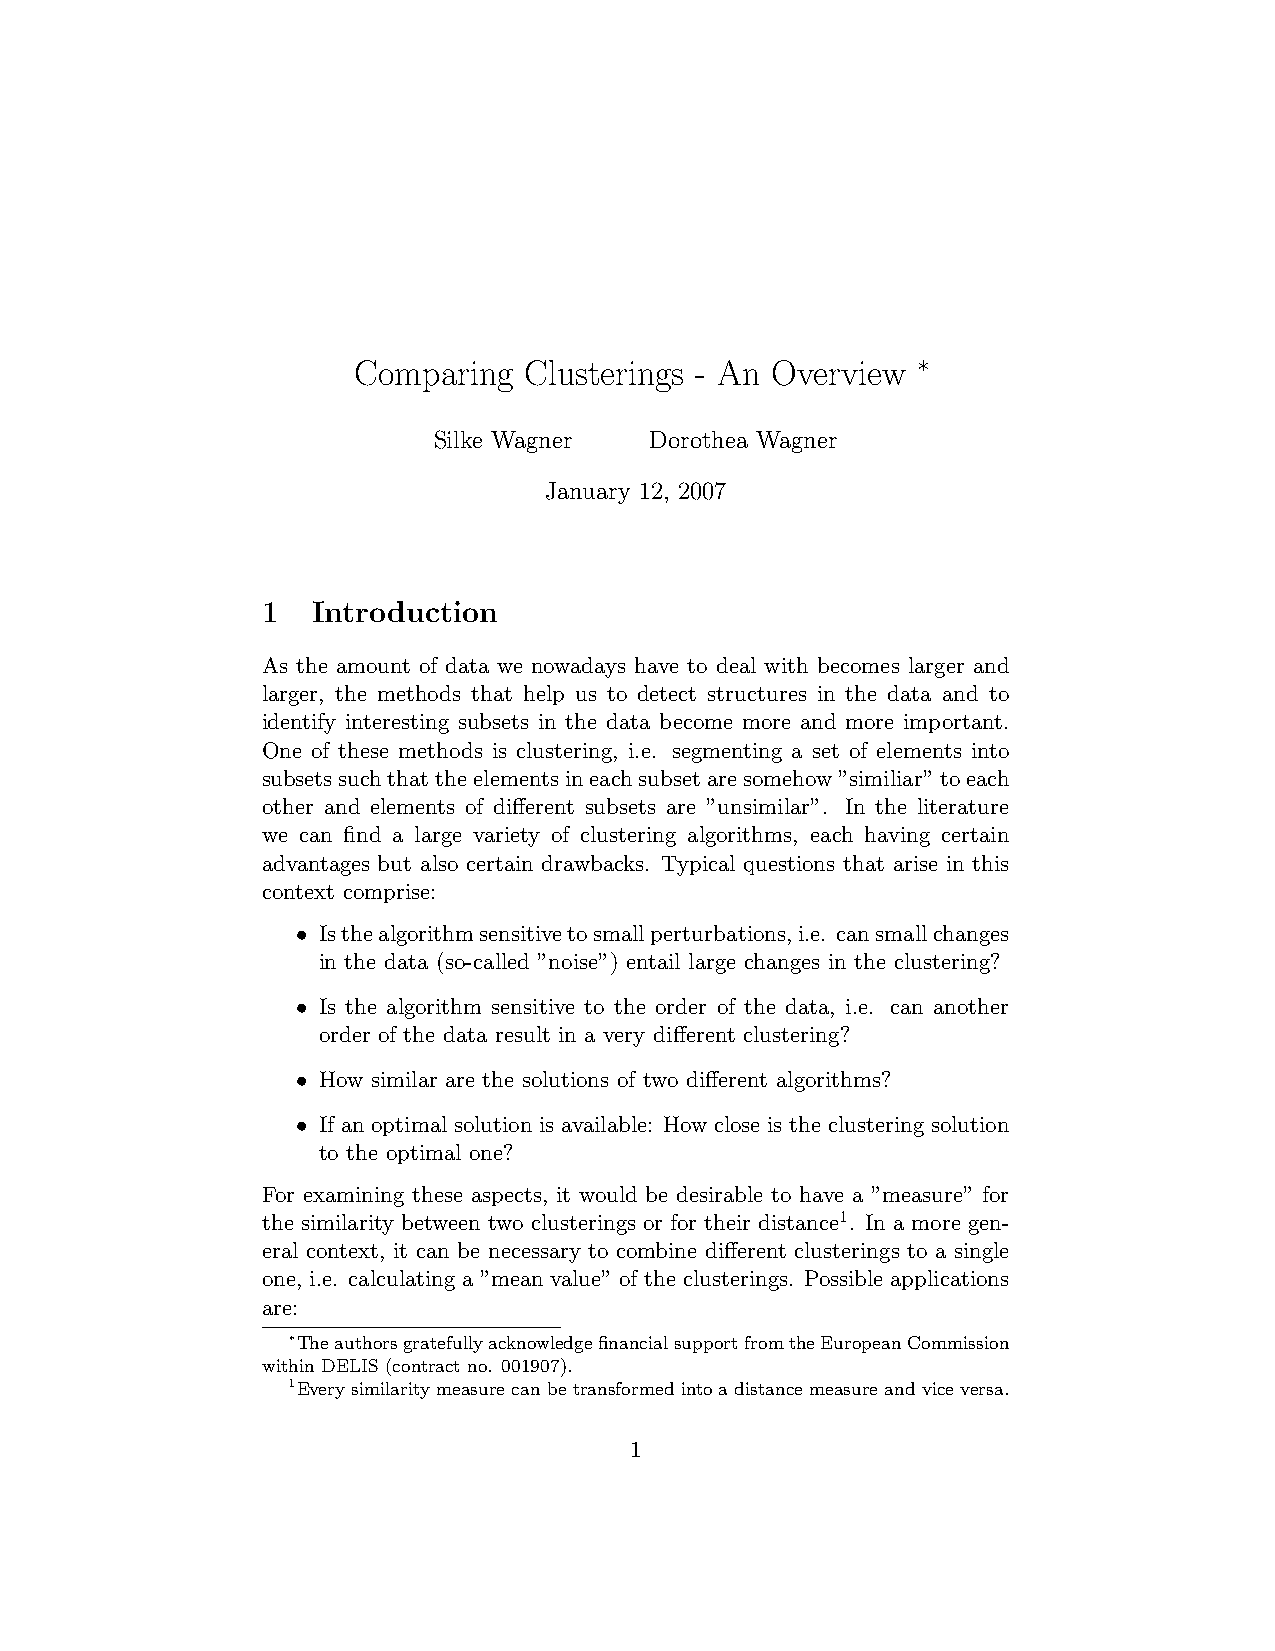
Comparing   Clusterings - An Overview ∗
 Silke Wagner  Dorothea Wagner
 January 12, 2007
 1   Introduction
 As the amount of data we nowadays have to deal with becomes larger and
 larger, the methods that help us to detect structures in the data and to
 identify interesting subsets in the data become more and more important.
 One of these methods is clustering, i.e. segmenting a set of elements into
 subsetssuchthattheelementsineachsubsetaresomehow”similiar”toeach
 other and elements of different subsets are ”unsimilar”. In the literature
 we can find a large variety of clustering algorithms, each having certain
 advantages but also certain drawbacks. Typical questions that arise in this
 context comprise:
 • Isthealgorithmsensitivetosmallperturbations,i.e. cansmallchanges
 in the data (so-called ”noise”) entail large changes in the clustering?
 • Is the algorithm sensitive to the order of the data, i.e. can another
 order of the data result in a very different clustering?
 • How similar are the solutions of two different algorithms?
 • If an optimal solution is available: How close is the clustering solution
 to the optimal one?
 For examining these aspects, it would be desirable to have a ”measure” for
 the similarity between two clusterings or for their distance1. In a more gen-
 eral context, it can be necessary to combine different clusterings to a single
 one, i.e. calculating a ”mean value” of the clusterings. Possible applications
 are:
 ∗TheauthorsgratefullyacknowledgefinancialsupportfromtheEuropeanCommission
 within DELIS (contract no. 001907).
 1Every similarity measure can be transformed into a distance measure and vice versa.
 1